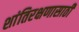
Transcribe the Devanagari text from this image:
शांतिरक्षणासाठी